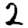
Digit: 2